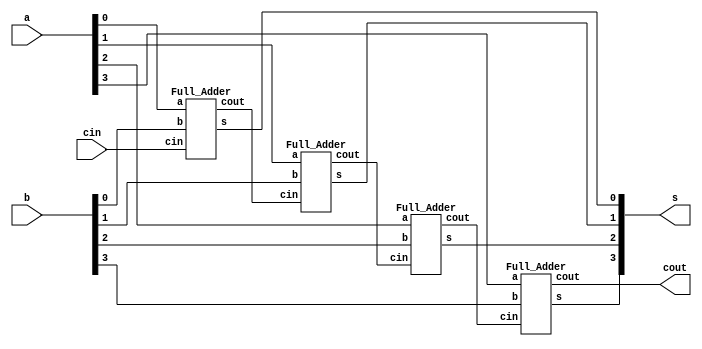
module four_bit_adder(s, cout, a, b, cin);
input [3:0] a, b;
input cin;
output [3:0] s;
output cout;

Full_Adder fadd0(s[0], c0, a[0], b[0], cin);
Full_Adder fadd1(s[1], c1, a[1], b[1], c0);
Full_Adder fadd2(s[2], c2, a[2], b[2], c1);
Full_Adder fadd3(s[3], cout, a[3], b[3], c2);

endmodule

module Full_Adder(s, cout, a, b, cin);
input a, b, cin;
output s, cout;
xor (o1, a, b);
xor (s, o1, cin);
and (o2, o1, cin);
and (o3, a, b);
or (cout, o2, o3);

endmodule

module testt;
reg [3:0] a, b;
reg cin;
wire [3:0] s;
wire cout;
four_bit_adder fadd(s, cout, a, b, cin);

initial
begin
#0 a=4'd8; b=4'd3; cin=1'b0;
#100 a=4'd2; b=4'd2; cin=1'b0;
#100 a=4'd5; b=4'd6; cin=1'b0;
#100 a=4'd7; b=4'd4; cin=1'b0;
#100 a=4'd3; b=4'd8; cin=1'b0;
end
endmodule